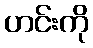
ဟင်းကို